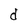
Character: d